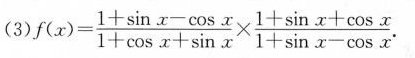
(3)$$f ( x ) = \frac { 1+ \sin x - \cos x } { 1+ \cos x+ \sin x } \times \frac { 1 + \sin x + \cos x } { 1 + \sin x - \cos x }$$.